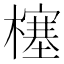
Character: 𰘷